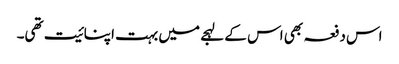
اس دفعہ بھی اس کے لہجے میں بہت اپنائیت تھی۔